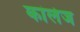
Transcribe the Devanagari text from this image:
कांलेज